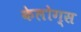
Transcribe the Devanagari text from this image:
केलोग्स